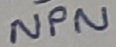
Text: NPN